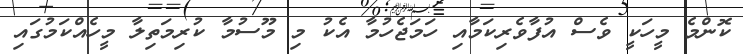
ކޮންމެ މީހަކީ ވެސް އުފާވެރިކަމާއި ހަމަޖެހުމާ އެކު މި މޫސުމާ ކުރިމަތިލާ މީހެއްކަމުގައި